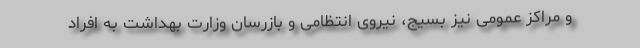
و مراکز عمومی نیز بسیج، نیروی انتظامی و بازرسان وزارت بهداشت به افراد